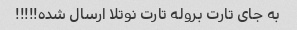
به جای تارت بروله تارت نوتلا ارسال شده!!!!!